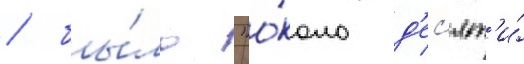
/ бы́ло "о́коло д'ес'ят'и́